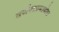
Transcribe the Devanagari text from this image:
वर्णनाप्रमाणेच